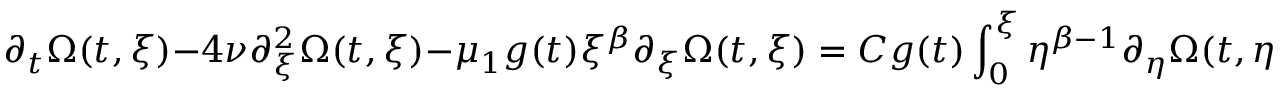
\partial _ { t } \Omega ( t , \xi ) - 4 \nu \partial _ { \xi } ^ { 2 } \Omega ( t , \xi ) - \mu _ { 1 } g ( t ) \xi ^ { \beta } \partial _ { \xi } \Omega ( t , \xi ) = C g ( t ) \int _ { 0 } ^ { \xi } \eta ^ { \beta - 1 } \partial _ { \eta } \Omega ( t , \eta ) d \eta + a ( t , \xi )